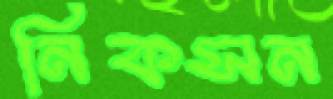
নিকসন